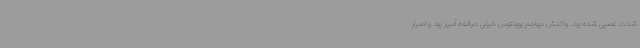
شدت عصبی شده بود. واکنش مهاجم یوونتوس خیلی مبالغه آمیز بود و اصرار